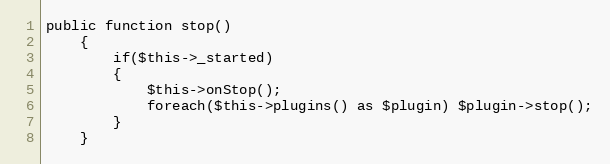
Language: PHP
public function stop()
	{
		if($this->_started)
		{
			$this->onStop();
			foreach($this->plugins() as $plugin) $plugin->stop();
		}
	}